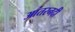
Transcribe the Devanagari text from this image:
आंतरनदी